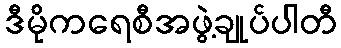
ဒီမိုကရေစီအဖွဲ့ချုပ်ပါတီ